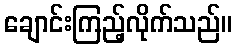
ချောင်းကြည့်လိုက်သည်။